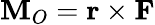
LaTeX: {\textbf{M}}_{O}={\textbf{r}}\times{\textbf{F}}